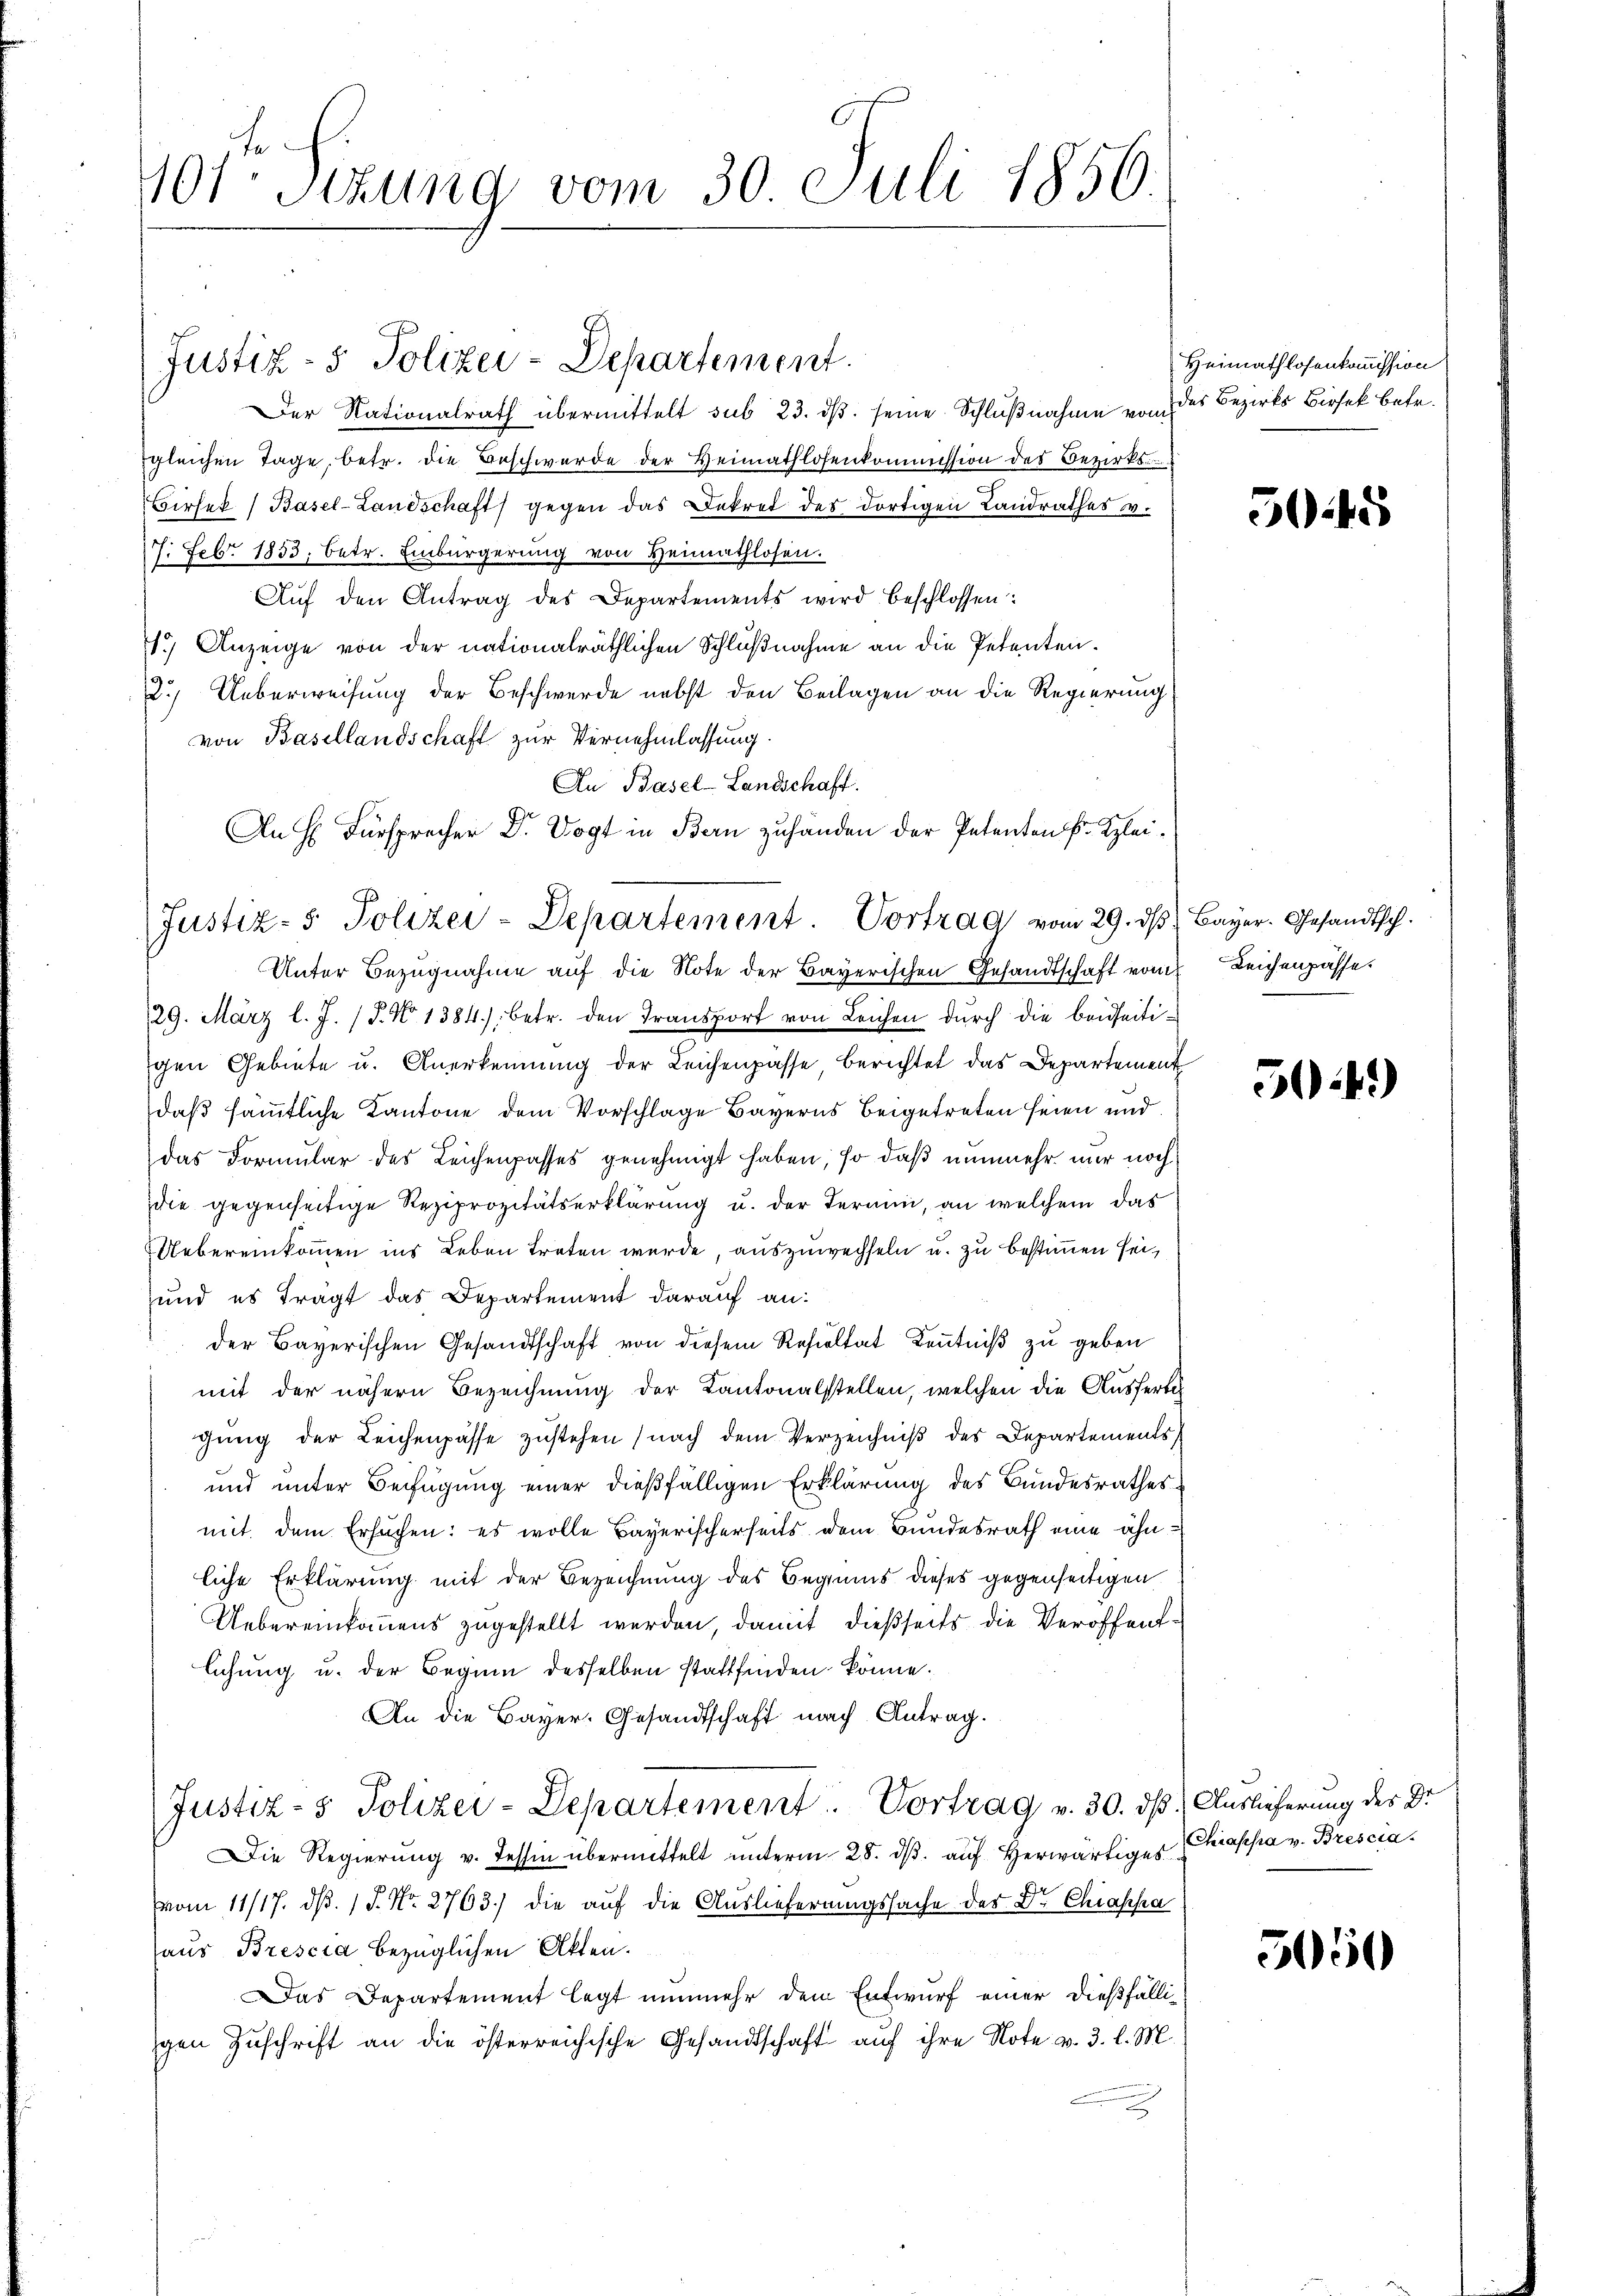
40fr. Sizung vom 30. Juli 1850.

Der Nationalrath übermittelt sub 23. dβ. seine Schlŭβnahme vom
gleichen Tage, betr. die Beschwerde der Heimathlosenkommission des Bezirks¬
Birsek (Basel-Landschaft gegen das Dekret des dortigen Landrathes v.
7. Febr. 1853, betr. Einbürgerung von Heimathlosen.
Aŭf den Antrag des Departements wird beschlossen:
1.) Anzeige von der nationalräthlichen Schlußnahme an die Petenten.
2.) Ueberweisung der Beschwerde nebst den Beilagen an die Regierung
von Basellandschaft zur Vernehmlassung.
An Basel-Landschaft.
Unter Bezugnahme auf die Note der Bayerischen Gesandtschaft vom Leichenpasse.
129. März l. J. (T. No 1384), betr. den Transport von Leichen durch die beidseiti-
igen Gebiete u. Anerkennung der Leichenpasse berichtet das Departement
daß sämmtliche Kantone dem Vorschlage Bayerns beigetreten seien und
das Formular des Leichenpasses genehmigt haben, so daß nunmehr nur noch
die gegenseitige Reziprozitätserklärung u. der Termin, an welchem das
Uebereinkommen ins Leben treten werde, auszuwechseln u. zu bestimmen sei,
und es tragt das Departement darauf an:
der Bayerischen Gesandtschaft von diesem Resultat Kenntniß zu geben
mit der nähern Bezeichnung der Kantonalstellen, welchen die Ausferte
gung der Leichenpasse zustehen (nach dem Verzeichniß des Departements,
und unter Beifügung einer dießfälligen Erklärung des Bundesrathes
mit dem Ersuchen: es wolle Bayerischerseits dem Bundesrath eine ähnliche Erklärung mit der Bezeichnung des Begrunds dieses gegenseitigen
Uebereinkommens zugestellt werden, damit dießseits die Veröffentlichung u. der Beginn desselben stattfinden könne.
An die Bayer. Gesandtschaft nach Antrag.
Justiz- & Polizei-Departement. Vortrag v. 30. ds
Die Regierung v. Tessin übermittelt unterm 28. dβ aŭf herwärtiges
Vom 11/17. ds. 1 S. Nr. 2763) die auf die Auslieferungssache des Dr. Chiasha
laus Brescia bezüglichen Akten.
Das Departement legt nunmehr dem Entwurf einer dießfälligen Zuschrift an die österreichische Gesandtschaft auf ihre Note v. 3. l. M.

Justiz- & Polizei-Departement.

An H. Fürsprecher Dr. Vogt in Bern zuhanden der Petenten Fr. Klei¬
Justiz- & Polizei-Departement. Vortrag vom 29. ds

Heimathlosenkommission
des Bezirks Birseck betr.

5045

Bayer. Gesandtsch.

504)

Auslieferung des Dr.
Chiassa v. Brescia.

5050